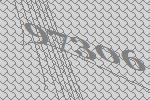
97306